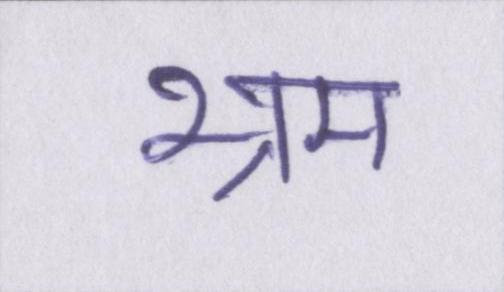
भ्रम